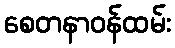
စေတနာဝန်ထမ်း